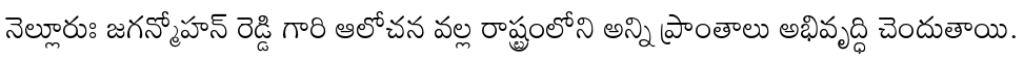
నెల్లూరుః జగన్మోహన్ రెడ్డి గారి ఆలోచన వల్ల రాష్ట్రంలోని అన్ని ప్రాంతాలు అభివృద్ధి చెందుతాయి.